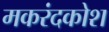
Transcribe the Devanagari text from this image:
मकरंदकोश